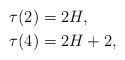
LaTeX: \begin{align*}\tau(2) &= 2H,\\\tau(4) &= 2H+2,\end{align*}